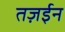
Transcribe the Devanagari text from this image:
तज़ईन